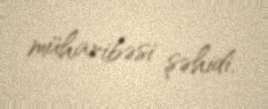
müharibəsi şəhidi.